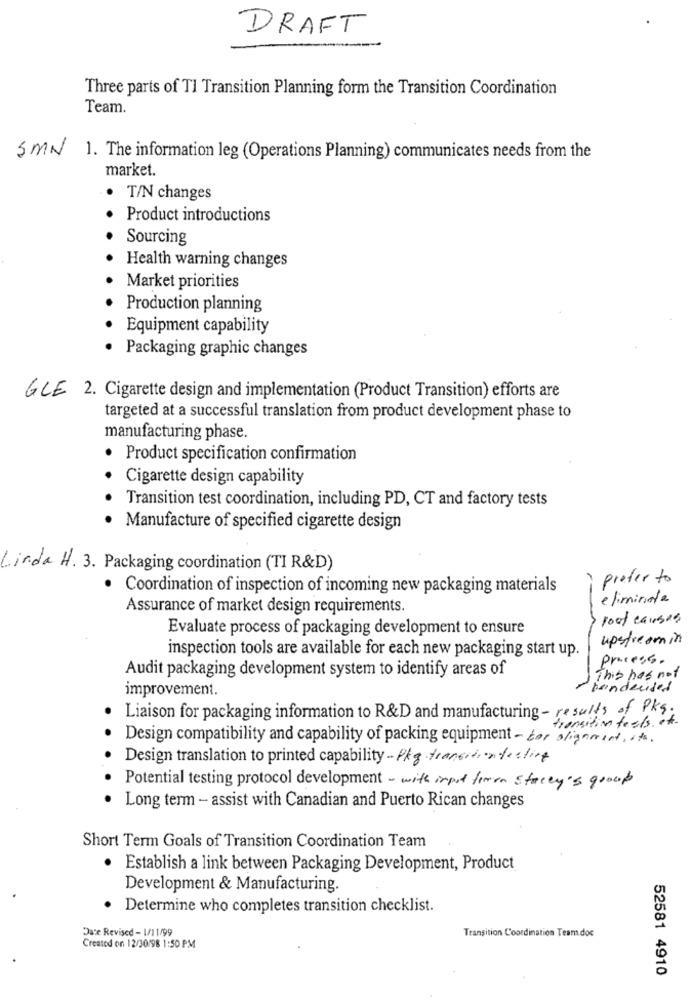
DRAFT
Three parts of TI Transition Planning form the Transition Coordination
Team.
5MN 1. The information leg (Operations Planning) communicates needs from the
market.
T/N changes
Product introductions
Sourcing
Health warning changes
Market priorities
Production planning
Equipment capability
Packaging graphic changes
GLE 2. Cigarette design and implementation (Product Transition) efforts are
targeted at a successful translation from product development phase to
manufacturing phase.
· Product specification confirmation
Cigarette design capability
Transition test coordination, including PD, CT and factory tests
Manufacture of specified cigarette design
Linda H. 3. Packaging coordination (TI R&D)
prefer to
· Coordination of inspection of incoming new packaging materials
eliminate
Assurance of market design requirements.
root causes
Evaluate process of packaging development to ensure
upstream in
inspection tools are available for each new packaging start up.
process.
Audit packaging development system to identify areas of
This has not
improvement.
honderded
Liaison for packaging information to R&D and manufacturing - results of PKs.
transition tests of .
Design compatibility and capability of packing equipment - bor alignment, its.
Design translation to printed capability - Pkg transcentesting
Potential testing protocol development - with input from Stacey's group
Long term - assist with Canadian and Puerto Rican changes
Short Term Goals of Transition Coordination Team
· Establish a link between Packaging Development, Product
Development & Manufacturing.
Determine who completes transition checklist.
Date Revised - 1/11/99
Transition Coordination Team.doc
Created on 12/30/98 1:50 PM
52581 4910